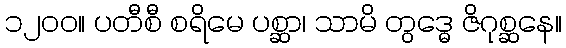
၁၂၀၀။ ပတီစီ စရိမေ ပစ္ဆာ၊ သာမိ တွဒ္ဓေ ဇိဂုစ္ဆနေ။